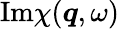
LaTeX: \mathrm{Im}\chi(\boldsymbol{q},\omega)